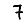
Digit: 7